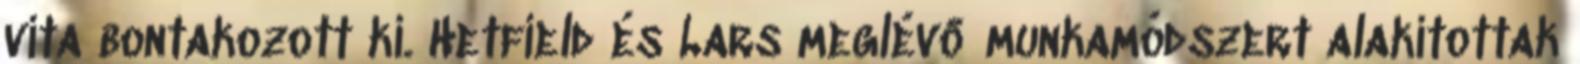
vita bontakozott ki. Hetfield és Lars meglévő munkamódszert alakítottak